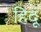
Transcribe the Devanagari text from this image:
हिदूं